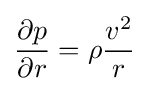
{\partial p \over \partial r}=\rho {v^{2} \over r}